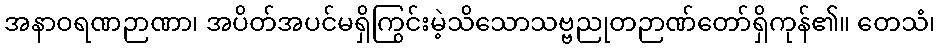
အနာဝရဏဉာဏာ၊ အပိတ်အပင်မရှိကြွင်းမဲ့သိသောသဗ္ဗညုတဉာဏ်တော်ရှိကုန်၏။ တေသံ၊